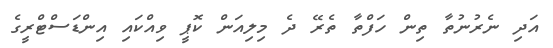
އަދި ނެރުނުތާ ތިން ހަފްތާ ތެރޭ ދެ މިލިއަން ކޮޕީ ވިއްކައި އިންޑަސްޓްރީގެ